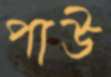
পাউ